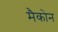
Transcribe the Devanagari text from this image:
मैकोन